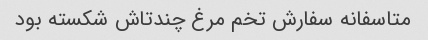
متاسفانه سفارش تخم مرغ چندتاش شکسته بود